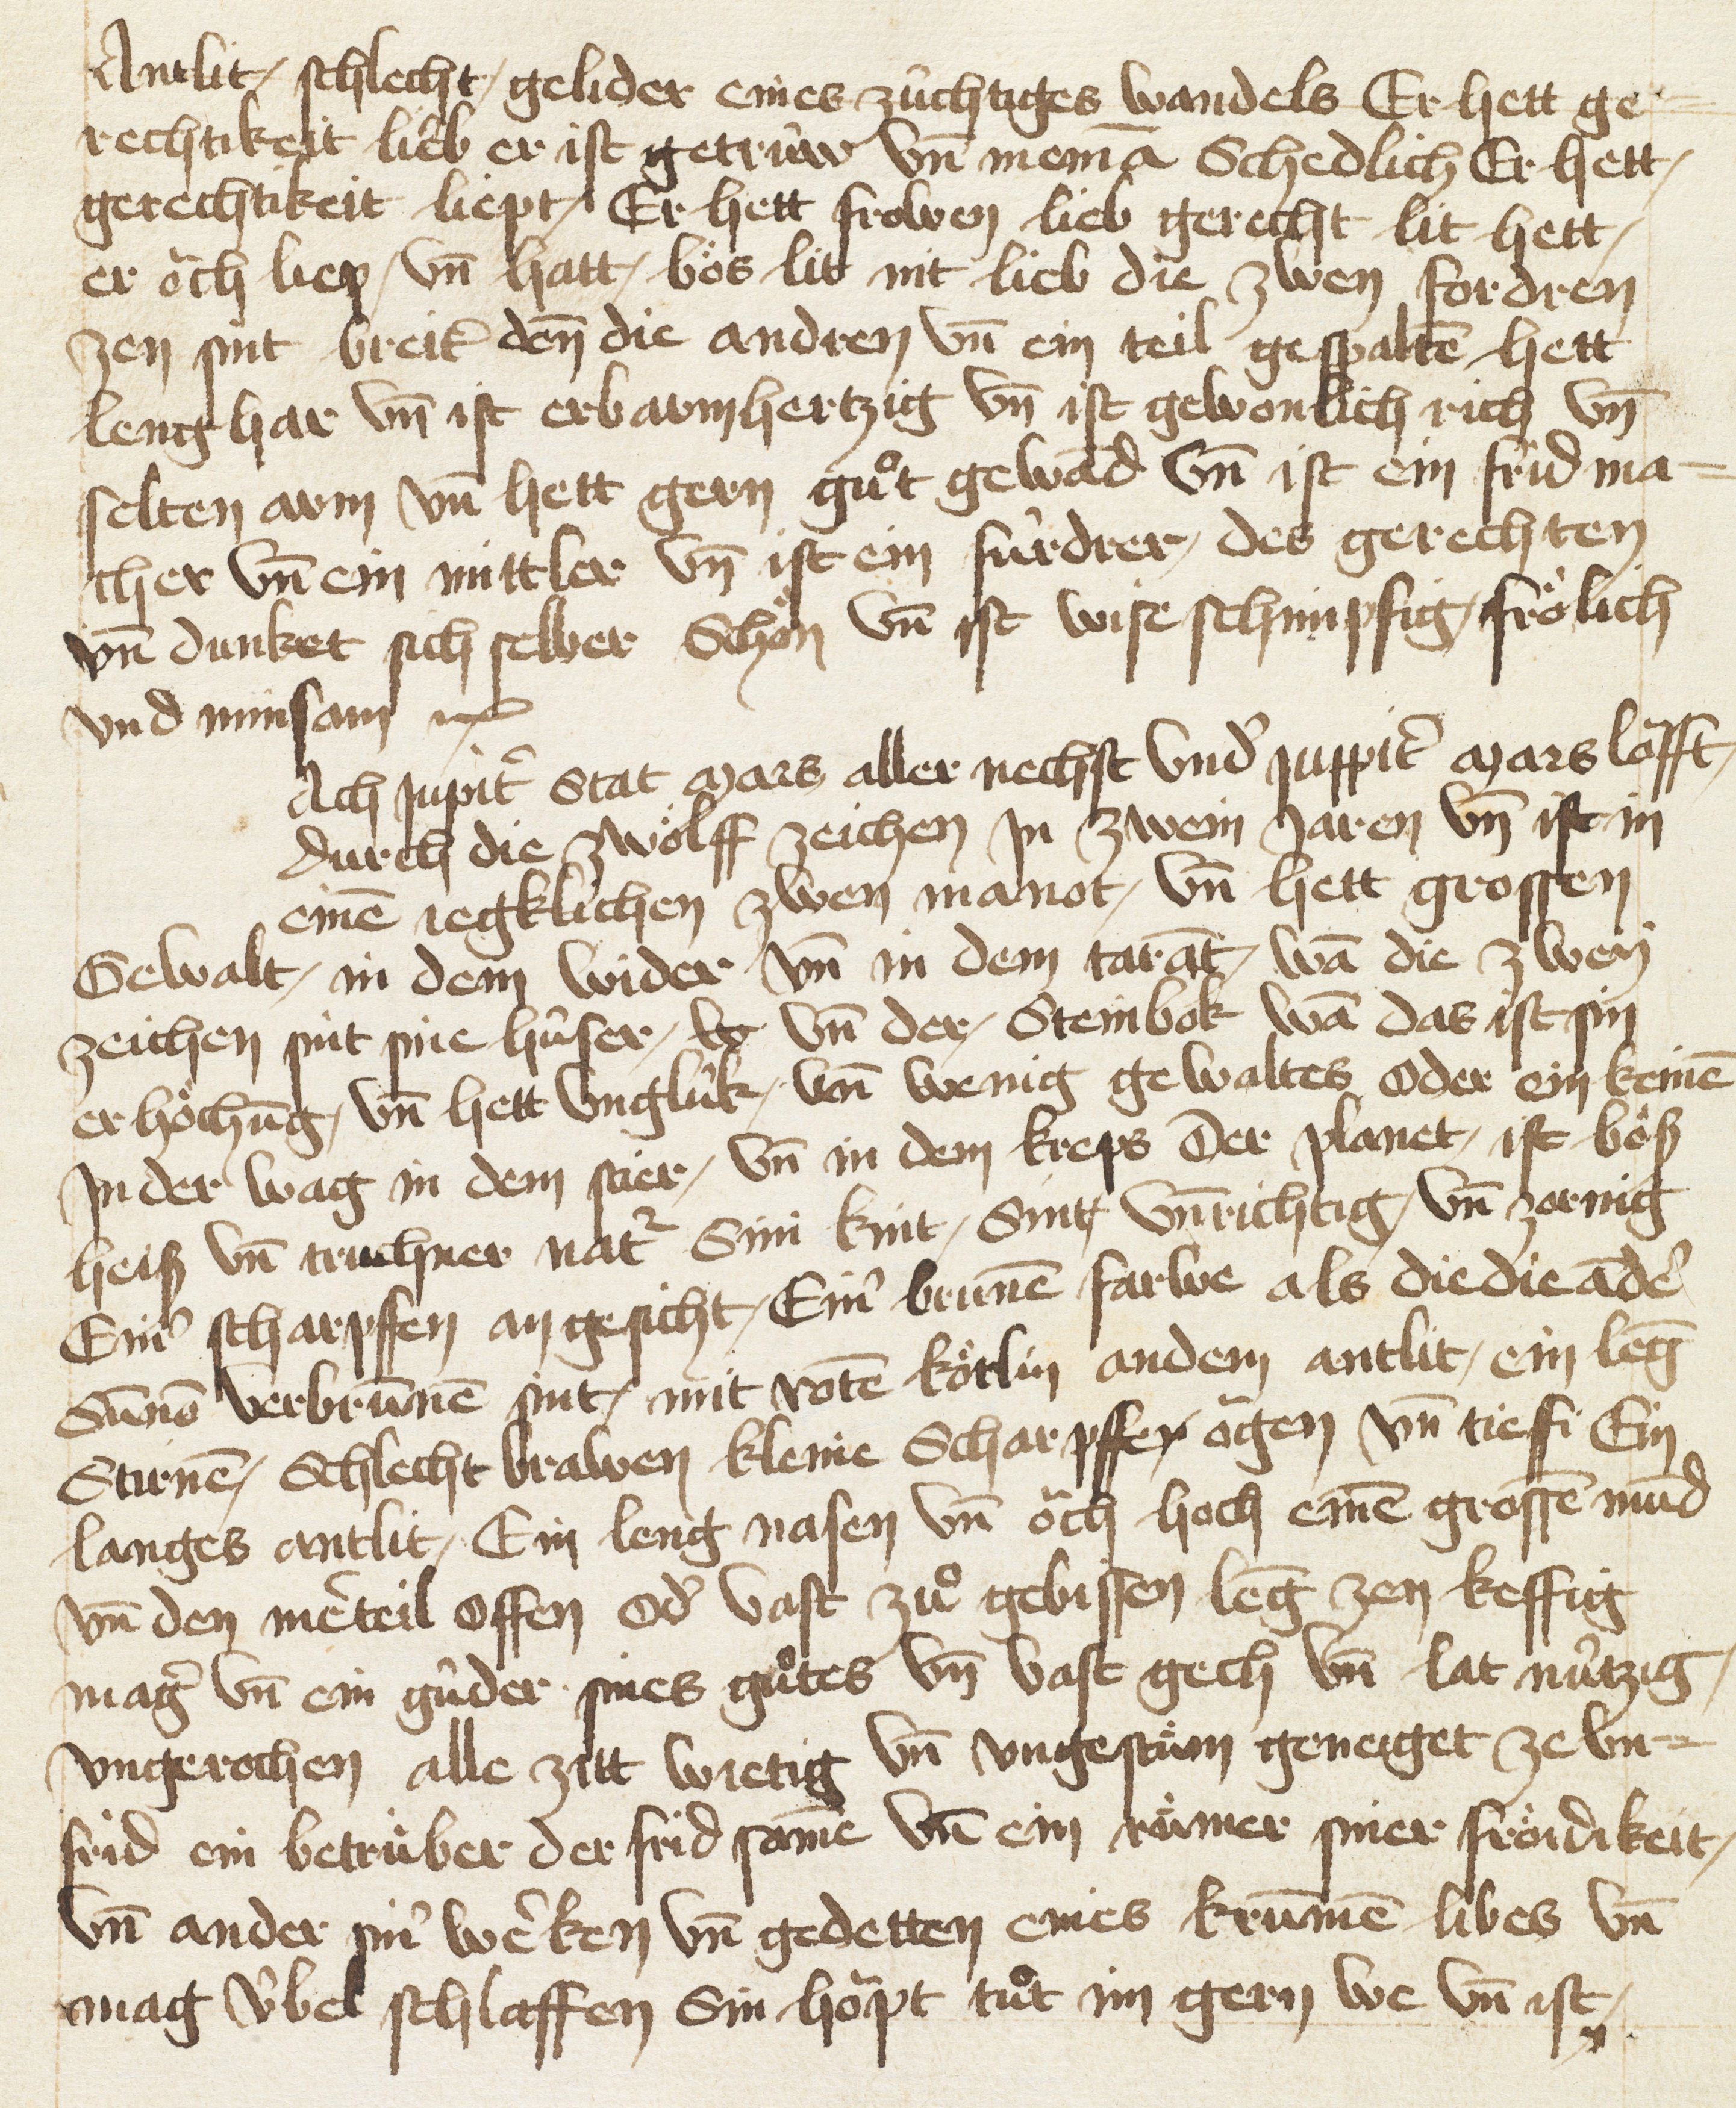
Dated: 1433–1465